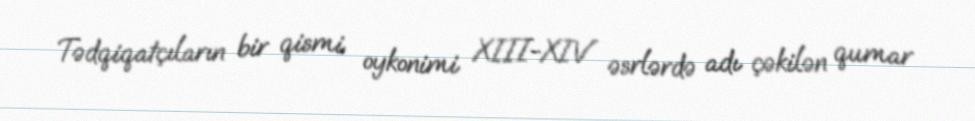
Tədqiqatçıların bir qismi oykonimi XIII-XIV əsrlərdə adı çəkilən qumar